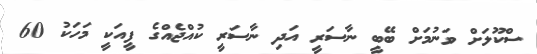
ސްކޫލަށް ވަނުމަށް ބޭބީ ނާސަރީ އަދި ނާސަރީ ކުއްޖެއްގެ ފީއަކީ މަހަކު 60